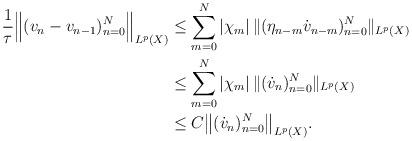
LaTeX: \begin{align*}\frac{1}{\tau}\Big\|(v_n-v_{n-1})_{n=0}^N\Big\|_{ L^p(X)} &\le \sum_{m=0}^N |\chi_m|\, \|(\eta_{n-m}\dot v_{n-m})_{n=0}^N \|_{ L^p(X)} \\ &\le \sum_{m=0}^N |\chi_m|\, \|(\dot v_{n})_{n=0}^N \|_{ L^p(X)} \\ &\le C\big\|(\dot v_n )_{n=0}^N\big\|_{ L^p(X)}.\end{align*}